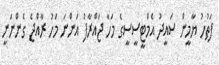
ފަތުހު ޔާމީން ސައީދު އެމްޓީސީސީގެ މަހާ ޖައްރާފު އަންނަ މަހު ރާއްޖެ ގެންނަނީ